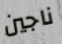
ناجين